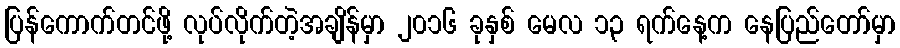
ပြန်ကောက်တင်ဖို့ လုပ်လိုက်တဲ့အချိန်မှာ ၂၀၁၆ ခုနှစ် မေလ ၁၃ ရက်နေ့က နေပြည်တော်မှာ